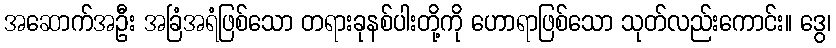
အဆောက်အဦး အခြံအရံဖြစ်သော တရားခုနစ်ပါးတို့ကို ဟောရာဖြစ်သော သုတ်လည်းကောင်း။ ဒွေ၊